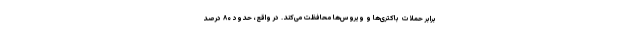
برابر حملات باکتری‌ها و ویروس‌ها محافظت می‌کند. در واقع، حدود ۸۰ درصد